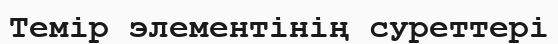
Темір элементінің суреттері